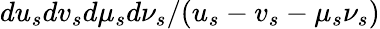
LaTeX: du_{s}dv_{s}d\mu_{s}d\nu_{s}/(u_{s}-v_{s}-\mu_{s}\nu_{s})